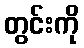
တွင်းကို